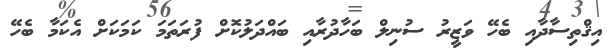
އިޤްތިސާދާއި ބެހޭ ވަޒީރު ސުނިލް ބަހާދުރާއި ބައްދަލުކޮށް ފުރަތަމަ ކަމަކަށް އެކަމާ ބެހޭ